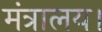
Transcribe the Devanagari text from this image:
मंत्रालय।